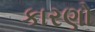
કારણો